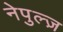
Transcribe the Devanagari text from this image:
नेपुल्ज़